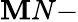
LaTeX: \mathbf{M}N-